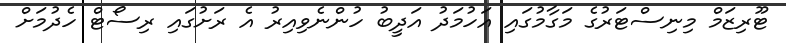
ޓޫރިޒަމް މިނިސްޓަރުގެ މަގާމުގައި އަހުމަދު އަދީބު ހުންނެވިއިރު އެ ރަށުގައި ރިސޯޓް ހެދުމަށް